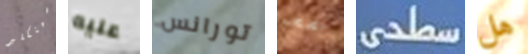
سينكلير عليه تورانس بصحه سطحى هل